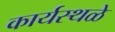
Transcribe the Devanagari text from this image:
कार्यस्थळे